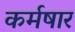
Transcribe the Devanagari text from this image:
कर्मषार